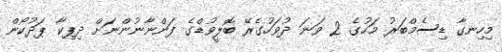
މިހިނގާ ޑިސެމްބަރު މަހުގެ 2 ވަނަ ދުވަހުގެރޭ ބޮލީވުޑްގެ ފަންނާނުންނަށް ދިޕިކާ ޕަދުކޯން